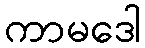
ကာမဒေါ